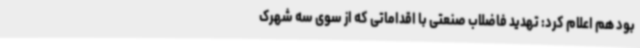
بود هم اعلام کرد: تهدید فاضلاب صنعتی با اقداماتی که از سوی سه شهرک